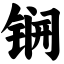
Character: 锎